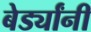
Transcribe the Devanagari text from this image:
बेर्ड्यांनी